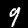
Digit: 9